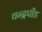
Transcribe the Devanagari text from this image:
चन्द्रपीड